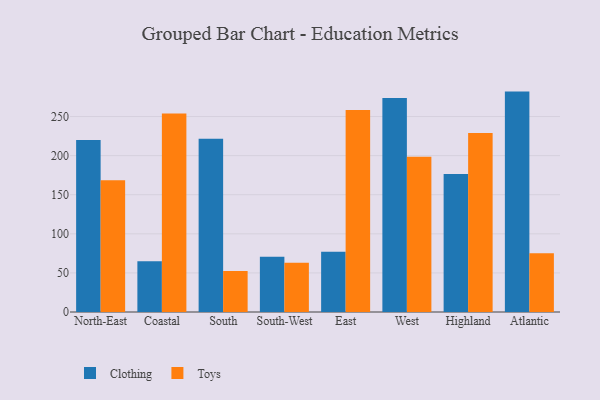
{"axis": {"x": "Region", "y": "Production Output"}, "legend": ["Clothing", "Toys"], "data": [{"x": "North-East", "y": 219.9, "type": "Clothing"}, {"x": "North-East", "y": 168.4, "type": "Toys"}, {"x": "Coastal", "y": 64.9, "type": "Clothing"}, {"x": "Coastal", "y": 253.8, "type": "Toys"}, {"x": "South", "y": 221.6, "type": "Clothing"}, {"x": "South", "y": 52.6, "type": "Toys"}, {"x": "South-West", "y": 70.8, "type": "Clothing"}, {"x": "South-West", "y": 63.1, "type": "Toys"}, {"x": "East", "y": 77.1, "type": "Clothing"}, {"x": "East", "y": 258.4, "type": "Toys"}, {"x": "West", "y": 273.8, "type": "Clothing"}, {"x": "West", "y": 198.7, "type": "Toys"}, {"x": "Highland", "y": 176.4, "type": "Clothing"}, {"x": "Highland", "y": 228.8, "type": "Toys"}, {"x": "Atlantic", "y": 281.9, "type": "Clothing"}, {"x": "Atlantic", "y": 75.0, "type": "Toys"}]}